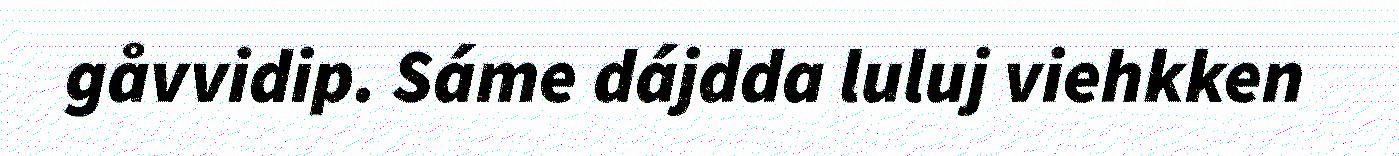
gåvvidip. Sáme dájdda luluj viehkken